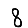
Digit: 8